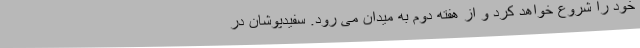
خود را شروع خواهد کرد و از هفته دوم به میدان می رود. سفیدپوشان در